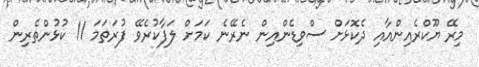
މިރޭ ޔޫކްރެއިންއާއި ދެކޮޅަށް ސްވިޑެންއިން ނެރޭނެ ކަމަށް ލަފާކުރެވޭ ފުރަތަމަ 11 ކުޅުންތެރިން